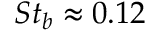
S t _ { b } \approx 0 . 1 2